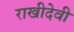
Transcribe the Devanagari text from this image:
राखीदेवी